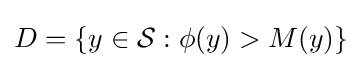
D=\{y\in {\mathcal {S}}:\phi (y)>M(y)\}